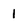
Character: I